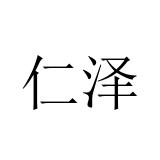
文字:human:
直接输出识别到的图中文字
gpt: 仁泽